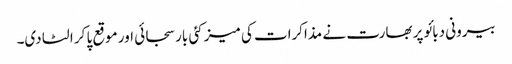
بیرونی دبائو پر بھارت نے مذاکرات کی میز کئی بار سجائی اور موقع پا کر الٹا دی۔